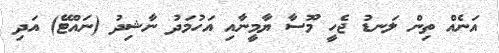
އަނެއް ތިން ލަނޑު ޖެހީ މޫސާ ޔާމީނާއި އަހުމަދު ނާޝިދު (ނައްޓޭ) އަދި